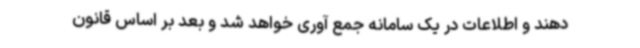
دهند و اطلاعات در یک سامانه جمع آوری خواهد شد و بعد بر اساس قانون